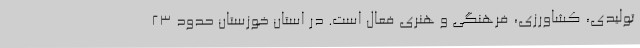
تولیدی، کشاورزی، فرهنگی و هنری فعال است. در استان خوزستان حدود 23